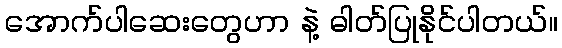
အောက်ပါဆေးတွေဟာ နဲ့ ဓါတ်ပြုနိုင်ပါတယ်။